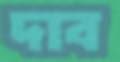
দাব